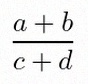
\frac{a+b}{c+d}